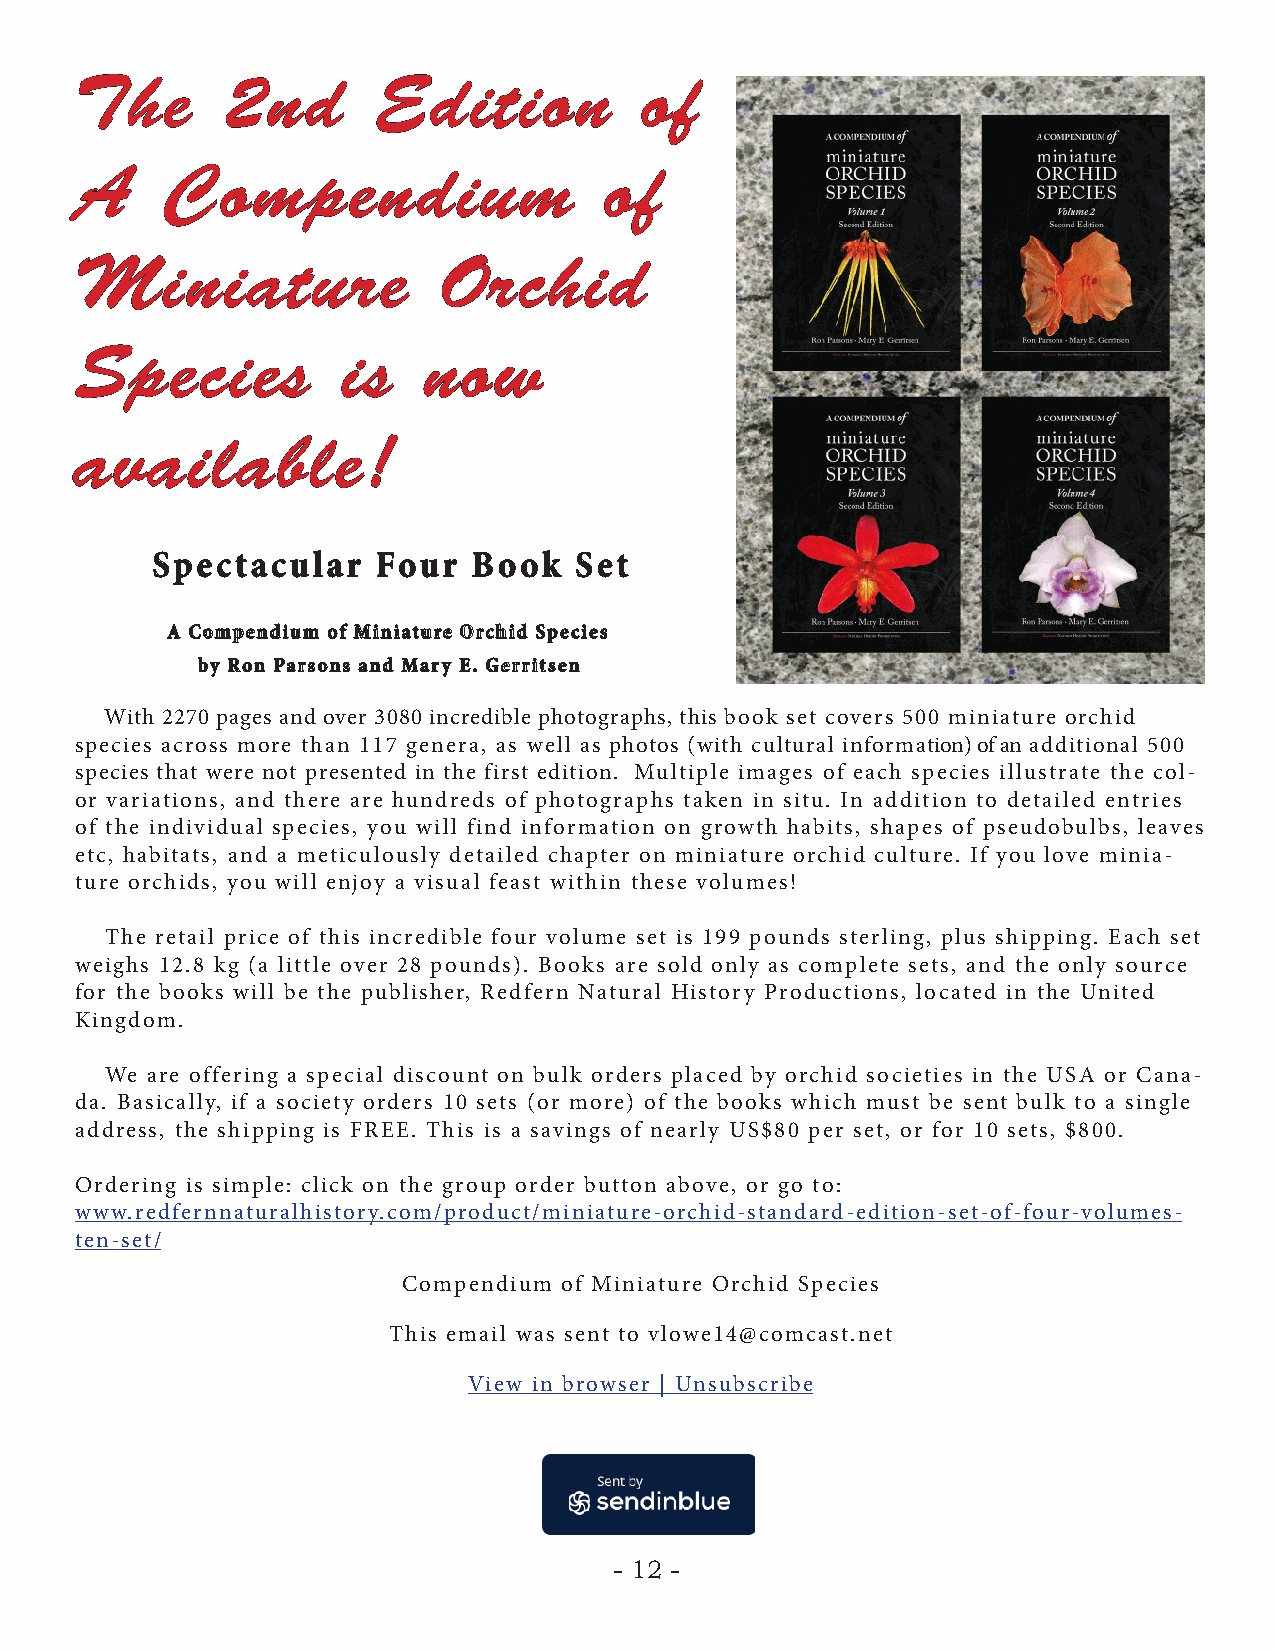
TThhee    22nndd    EEddiittiioonn    ooff
 AA    CCoommppeennddiiuumm         ooff
 MMiinniiaattuurree      OOrrcchhiidd
 SSppeecciieess    iiss nnooww
 aavvaaiillaabbllee!!
 SSppeeccttaaccuullaarr FFoouurr BBooookk SSeett
 AA CCoommppeennddiiuumm ooff MMiinniiaattuurree OOrrcchhiidd SSppeecciieess
 bbyy RRoonn PPaarrssoonnss aanndd MMaarryy EE.. GGeerrrriittsseenn
 With 2270 pages and over 3080 incredible photographs, this book set covers 500 miniature orchid
 species across more than 117 genera, as well as photos (with cultural information) of an additional 500
 species that were not presented in the first edition. Multiple images of each species illustrate the col-
 or variations, and there are hundreds of photographs taken in situ. In addition to detailed entries
 of the individual species, you will find information on growth habits, shapes of pseudobulbs, leaves
 etc, habitats, and a meticulously detailed chapter on miniature orchid culture. If you love minia-
 ture orchids, you will enjoy a visual feast within these volumes!
 The retail price of this incredible four volume set is 199 pounds sterling, plus shipping. Each set
 weighs 12.8 kg (a little over 28 pounds). Books are sold only as complete sets, and the only source
 for the books will be the publisher, Redfern Natural History Productions, located in the United
 Kingdom.
 We are offering a special discount on bulk orders placed by orchid societies in the USA or Cana-
 da. Basically, if a society orders 10 sets (or more) of the books which must be sent bulk to a single
 address, the shipping is FREE. This is a savings of nearly US$80 per set, or for 10 sets, $800.
 Ordering is simple: click on the group order button above, or go to:
 www.redfernnaturalhistory.com/product/miniature-orchid-standard-edition-set-of-four-volumes-
 ten-set/
 Compendium of Miniature Orchid Species
 This email was sent to vlowe14@comcast.net
 View in browser | Unsubscribe
 - 12 -